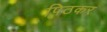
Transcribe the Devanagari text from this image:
पिठकर